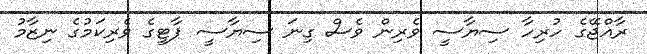
ރާއްޖޭގެ ހުރިހާ ސިޔާސީ ވެރިން ވެސް ގިނަ ސިޔާސީ ޕާޓީގެ ވެރިކަމުގެ ނިޒާމު